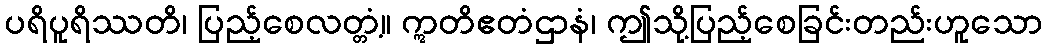
ပရိပူရိဿတိ၊ ပြည့်စေလတ္တံ့။ ဣတိဧတံဌာနံ၊ ဤသို့ပြည့်စေခြင်းတည်းဟူသော